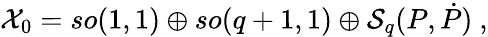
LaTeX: {\cal X}_{0}=so(1,1)\oplus so(q+1,1)\oplus{\cal S}_{q}(P,\dot{P})\ ,